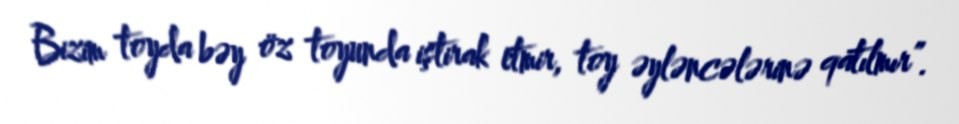
Bizim toyda bəy öz toyunda iştirak etmir, toy əyləncələrinə qatılmır”.